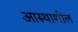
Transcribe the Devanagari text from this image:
आस्थाशील